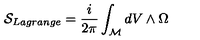
{ \cal { S } } _ { L a g r a n g e } = \frac { i } { 2 \pi } \int _ { \cal { M } } d V \wedge \Omega { }